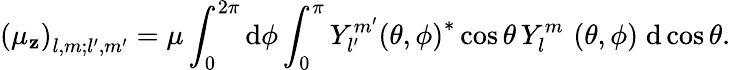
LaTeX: \left(\mu_{\mathbf{z}}\right)_{l,m;l^{\prime},m^{\prime}}=\mu\int_{0}^{2\pi}\mathrm{{d}}\phi\int_{0}^{\pi}Y_{l^{\prime}}^{m^{\prime}}\left(\theta,\phi\right)^{*}\cos\theta\, Y_{l}^{m}\, \left(\theta,\phi\right)\; \mathrm{{d}}\cos\theta.